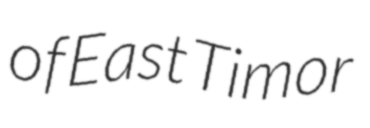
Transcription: of East Timor